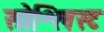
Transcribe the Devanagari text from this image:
सोश्लिस्ट